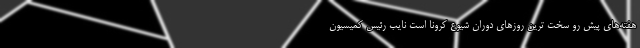
هفته‌های پیش رو سخت ترین روزهای دوران شیوع کرونا است نایب رئیس کمیسیون